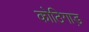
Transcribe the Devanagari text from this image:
कोठिगाड़